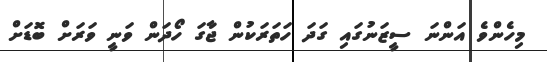
މިހެންވެ އަންނަ ސީޒަނުގައި ގަދަ ހަތަރަކުން ޖާގަ ހޯދަން ވަނީ ވަރަށް ބޮޑަށް